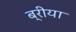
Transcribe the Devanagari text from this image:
ब्रीया